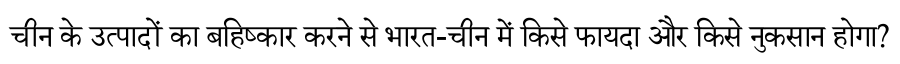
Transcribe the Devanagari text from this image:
चीन के उत्पादों का बहिष्कार करने से भारत-चीन में किसे फायदा और किसे नुकसान होगा?